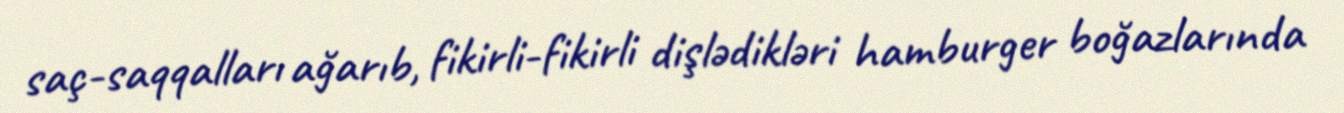
saç-saqqalları ağarıb, fikirli-fikirli dişlədikləri hamburger boğazlarında